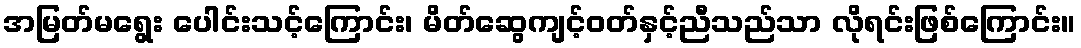
အမြတ်မရွေး ပေါင်းသင့်ကြောင်း၊ မိတ်ဆွေကျင့်ဝတ်နှင့်ညီသည်သာ လိုရင်းဖြစ်ကြောင်း။